Vaccination in Bombay 1924-1928 - 1924-1928
Year: 1924
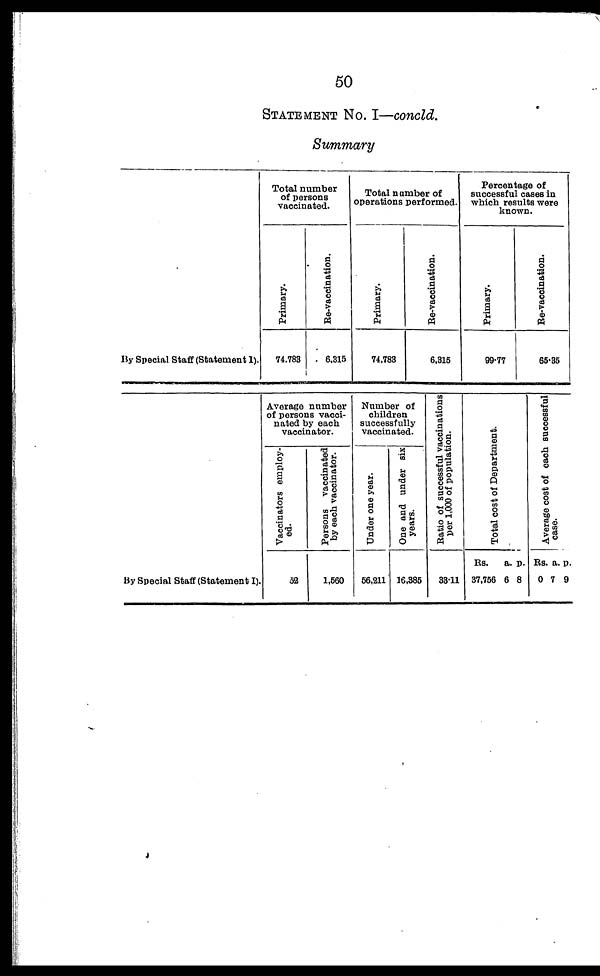
50
STATEMENT No. I—concld.
Summary
By Special Staff (Statement I).
Total number
of persons
vaccinated.
Primary.
74,783
Re-vaccination.
6,315
Total number of
operations performed.
Primary.
74,783
Re-vaccination.
6,315
Percentage of
successful cases in
which results were
known.
Primary.
99.77
Re-vaccination.
65.35
By Special Staff (Statement I).
Average number
of persons vacci-
nated by each
vaccinator.
Vaccinators employ-
ed.
52
Persons vaccinated
by each vaccinator.
1,560
Number of
children
successfully
vaccinated.
Under one year.
56,211
One and under six
years.
16,385
Ratio of successful vaccinations
per 1,000 of population.
33.11
Total cost of Department.
Rs.
37,756
a.
6
p.
8
Average cost of each successful
case.
Rs.
0
a.
7
p.
9